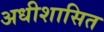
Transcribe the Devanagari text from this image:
अधीशासित